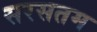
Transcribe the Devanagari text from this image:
सरसतम